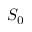
S _ { 0 }